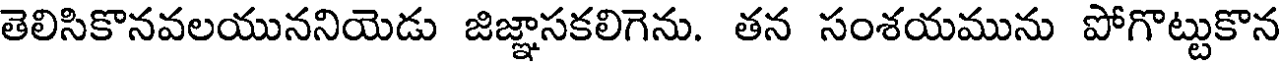
తెలిసికొనవలయుననియెడు జిజ్ఞాసకలిగెను. తన సంశయమును పోగొట్టుకొన